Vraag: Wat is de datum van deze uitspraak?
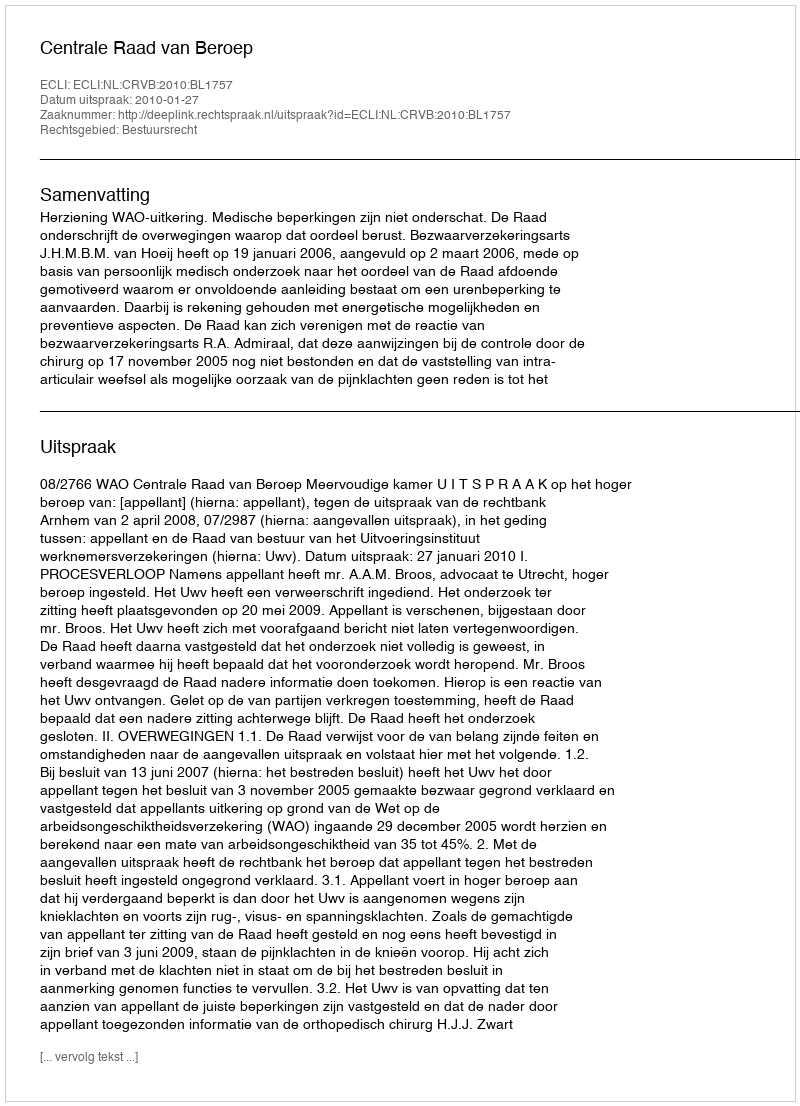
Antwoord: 2010-01-27